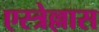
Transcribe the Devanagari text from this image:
एस्त्रेल्लास